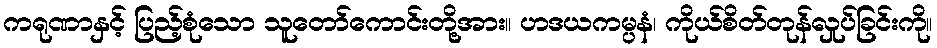
ကရုဏာနှင့် ပြည့်စုံသော သူတော်ကောင်းတို့အား။ ဟဒယကမ္ပနံ၊ ကိုယ်စိတ်တုန်လှုပ်ခြင်းကို။